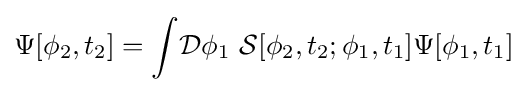
\Psi [\phi _{2},t_{2}]=\int \!{\mathcal {D}}\phi _{1}\,\,{\mathcal {S}}[\phi _{2},t_{2};\phi _{1},t_{1}]\Psi [\phi _{1},t_{1}]